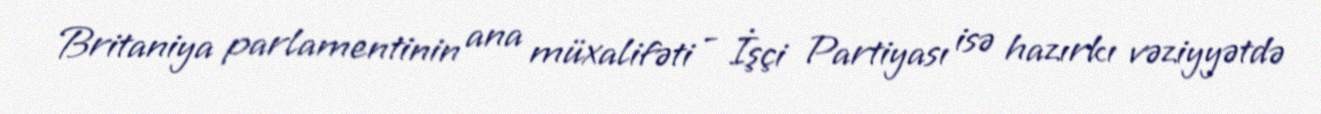
Britaniya parlamentinin ana müxalifəti - İşçi Partiyası isə hazırkı vəziyyətdə